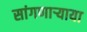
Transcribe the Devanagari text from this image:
सांगणार्‍याया